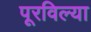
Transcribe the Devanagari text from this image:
पूरविल्या